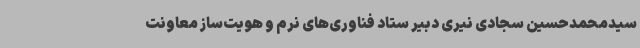
سیدمحمدحسین سجادی نیری دبیر ستاد فناوری‌های نرم و هویت‌ساز معاونت